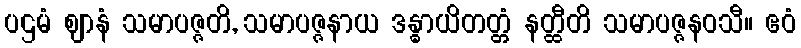
ပဌမံ ဈာနံ သမာပဇ္ဇတိ, သမာပဇ္ဇနာယ ဒန္ဓာယိတတ္တံ နတ္ထီတိ သမာပဇ္ဇနဝသီ။ ဧဝံ